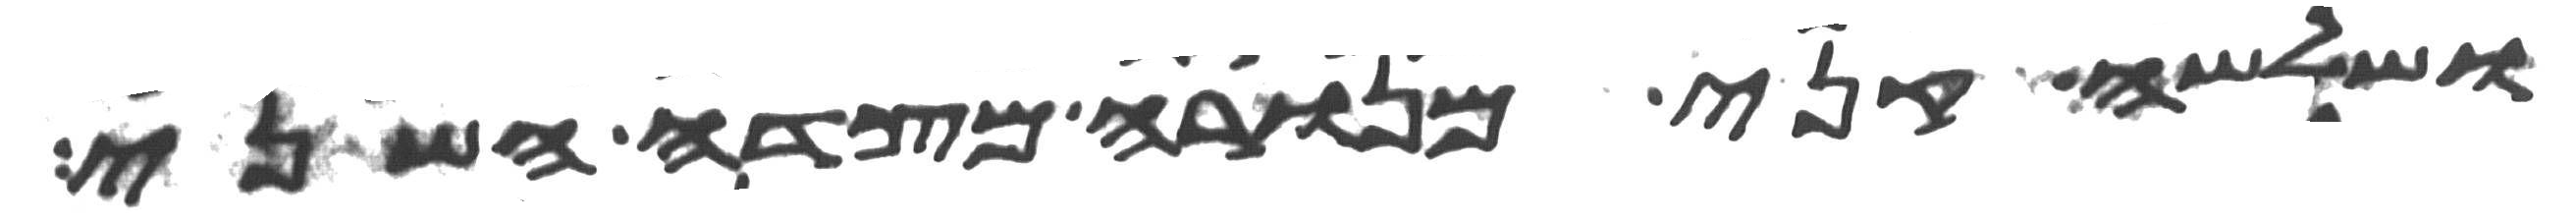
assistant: ושלשה קני מנורה מצדה השני